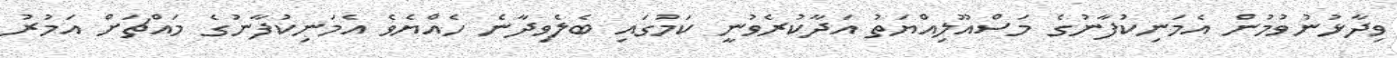
ވިދާޅުނުވުމުން އެމަނިކުފާނުގެ މަސްއޫލިއްޔަތު އަދާކުރެވުނީ ކަމުގައި ބެލެވިދާނެ ހެއްޔެވެ އެމަނިކުފާނުގެ މައްޗަށް އަމުރު